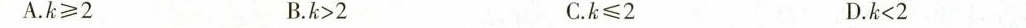
A.$$k ≥ 2$$ B.$$k﹥2$$ C.$$k ≤ 2$$ D.$$k＜2$$